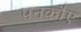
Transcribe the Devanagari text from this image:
पनकौए